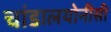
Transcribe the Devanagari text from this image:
चांडालयोनीसी